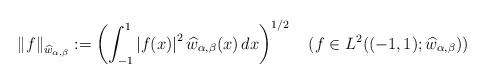
LaTeX: \begin{align*}\left\Vert f\right\Vert _{\widehat{w}_{\alpha,\beta}}:=\left( \int_{-1}^{1}\left\vert f(x)\right\vert ^{2}\widehat{w}_{\alpha,\beta}(x)\,dx\right)^{1/2}\quad(f\in L^{2}((-1,1);\widehat{w}_{\alpha,\beta})) \end{align*}